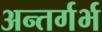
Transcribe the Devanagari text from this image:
अन्तर्गर्भ